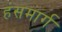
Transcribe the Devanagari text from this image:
हंसमार्ग